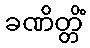
ခဏိတ္တိံ